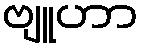
ဗျူဟာ